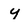
Character: y